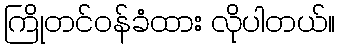
ကြိုတင်ဝန်ခံထား လိုပါတယ်။